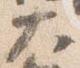
大